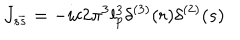
J _ { s \overline { { { s } } } } = - i c 2 \pi ^ { 3 } l _ { p } ^ { 3 } \delta ^ { ( 3 ) } ( r ) \delta ^ { ( 2 ) } ( s )